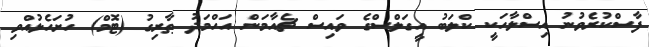
ފާސްކުރެވުނު އިސްލާހަކީ ކްލަބު އީގަލްސްގެ ވައިސް ޗެއާމަން އަހްމަދު ޠާރިގު (ޓޮމް) ހުށަހެޅުއްވި